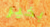
بخير